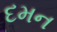
દમન